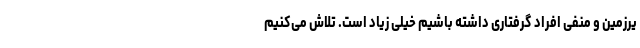
یرزمین و منفی افراد گرفتاری داشته باشیم خیلی زیاد است. تلاش می‌کنیم